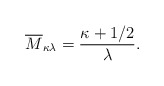
\begin{align*}\overline{M}_{\kappa\lambda} = \frac{\kappa+1/2}{\lambda}.\end{align*}